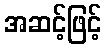
အဆင့်ဖြင့်